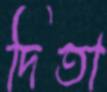
দিতা